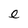
Character: e